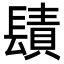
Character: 𨲪